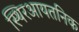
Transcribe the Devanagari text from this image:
स्थिरआयतनिक